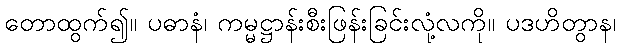
တောထွက်၍။ ပဓာနံ၊ ကမ္မဋ္ဌာန်းစီးဖြန်းခြင်းလုံ့လကို။ ပဒဟိတွာန၊